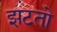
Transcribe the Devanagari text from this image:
झटतो